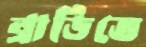
ব্রাডিতে